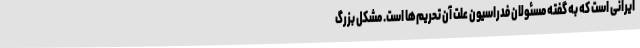
ایرانی است که به گفته مسئولان فدراسیون علت آن تحریم‌ها است. مشکل بزرگ